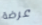
عرضة